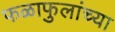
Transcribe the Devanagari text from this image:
फळाफुलांच्या